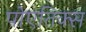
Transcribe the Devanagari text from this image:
पोएतिक्स